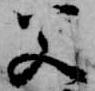
父